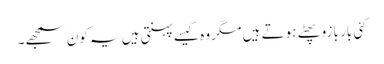
کئی بار بازو پھٹے ہوتے ہیں مگر وہ کیسے پہنتی ہیں یہ کون سمجھے۔